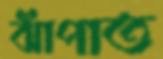
ঝাঁপাত